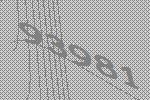
93981